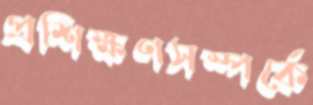
প্রশিক্ষণসম্পর্কে